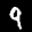
Label: 9